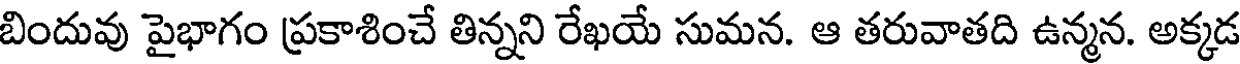
బిందువు పైభాగం ప్రకాశించే తిన్నని రేఖయే సుమన. ఆ తరువాతది ఉన్మన. అక్కడ